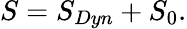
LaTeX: S=S_{Dyn}+S_{0}.